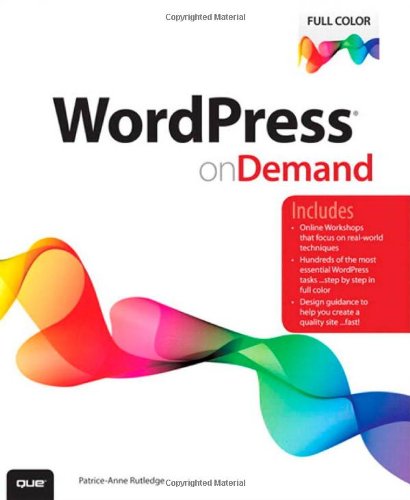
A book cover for WordPress on Demand; Patrice-Anne Rutledge; Computers & Technology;